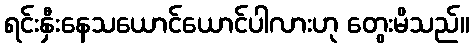
ရင်းနှီးနေသယောင်ယောင်ပါလားဟု တွေးမိသည်။